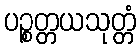
ပဉ္စတ္တယသုတ္တံ